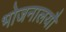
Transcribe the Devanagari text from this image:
भोजनालयौ